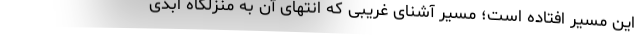
این مسیر افتاده است؛ مسیر آشنایِ غریبی که انتهای آن به منزلگاه ابدی